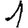
Digit: 1